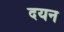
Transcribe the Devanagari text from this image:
दयन